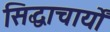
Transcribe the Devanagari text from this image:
सिद्धाचार्यों